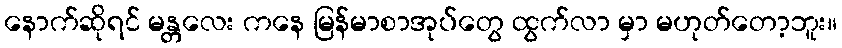
နောက်ဆိုရင် မန္တလေး ကနေ မြန်မာစာအုပ်တွေ ထွက်လာ မှာ မဟုတ်တော့ဘူး။